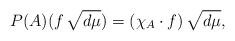
LaTeX: \begin{align*}P(A)(f\,\sqrt{d\mu}) = (\chi_A \cdot f)\,\sqrt{d\mu} ,\end{align*}